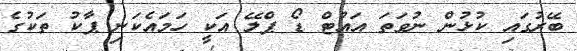
ބޭރުގައި ކުޅުން ނުވަތަ އައުޓް ޑޯ ޕްލޭ އަކީ ހަމައެކަނި ޕާކު ތަކުގެ